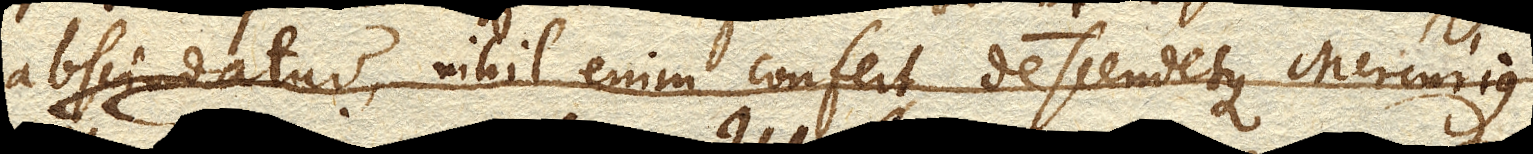
abscindatur, nihil enim confert descendetque Mercurius